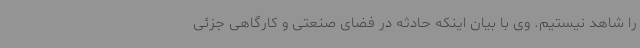
را شاهد نیستیم. وی با بیان اینکه حادثه در فضای صنعتی و کارگاهی جزئی